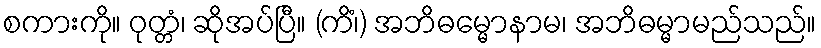
စကားကို။ ဝုတ္တံ၊ ဆိုအပ်ပြီ။ (ကိံ၊) အဘိဓမ္မောနာမ၊ အဘိဓမ္မာမည်သည်။